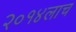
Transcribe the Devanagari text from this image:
२०१४लाच